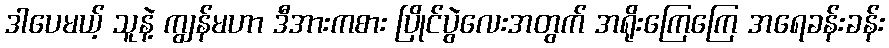
ဒါပေမယ့် သူနဲ့ ကျွန်မဟာ ဒီအားကစား ပြိုင်ပွဲလေးအတွက် အရိုးကြေကြေ အရေခန်းခန်း